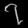
Digit: ၇